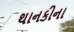
થાનકીના